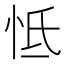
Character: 怟